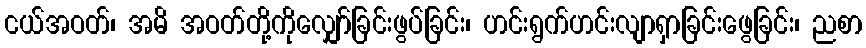
ငယ်အဝတ်၊ အမိ အဝတ်တို့ကိုလျှော်ခြင်းဖွပ်ခြင်း၊ ဟင်းရွက်ဟင်းလျာရှာခြင်းဖွေခြင်း၊ ညစာ